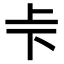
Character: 𠧗